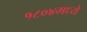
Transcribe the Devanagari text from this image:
१८०४मध्ये